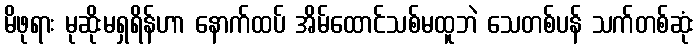
မိဖုရား မုဆိုးမရှရိန်ဟာ နောက်ထပ် အိမ်ထောင်သစ်မထူဘဲ သေတစ်ပန် သက်တစ်ဆုံး